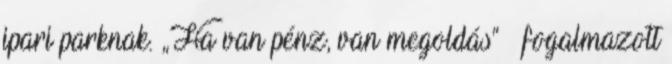
ipari parknak. „Ha van pénz, van megoldás” – fogalmazott